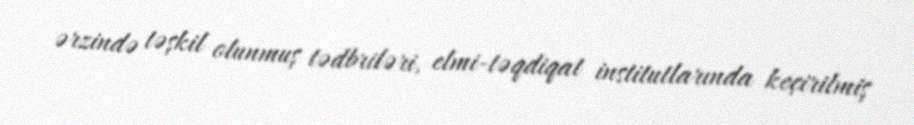
ərzində təşkil olunmuş tədbriləri, elmi-təqdiqat institutlarında keçirilmiş